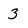
Character: 3